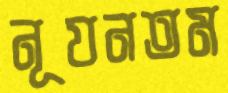
নূযনতম